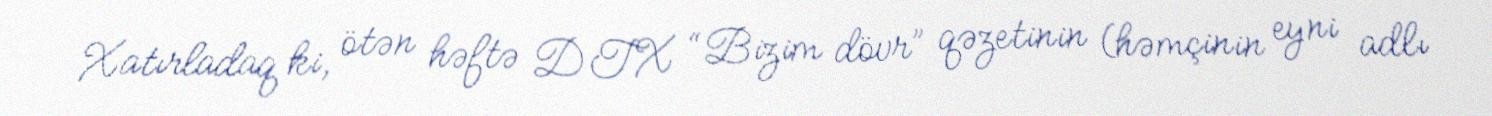
Xatırladaq ki, ötən həftə DTX “Bizim dövr” qəzetinin (həmçinin eyni adlı